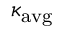
\kappa _ { \mathrm { a v g } }